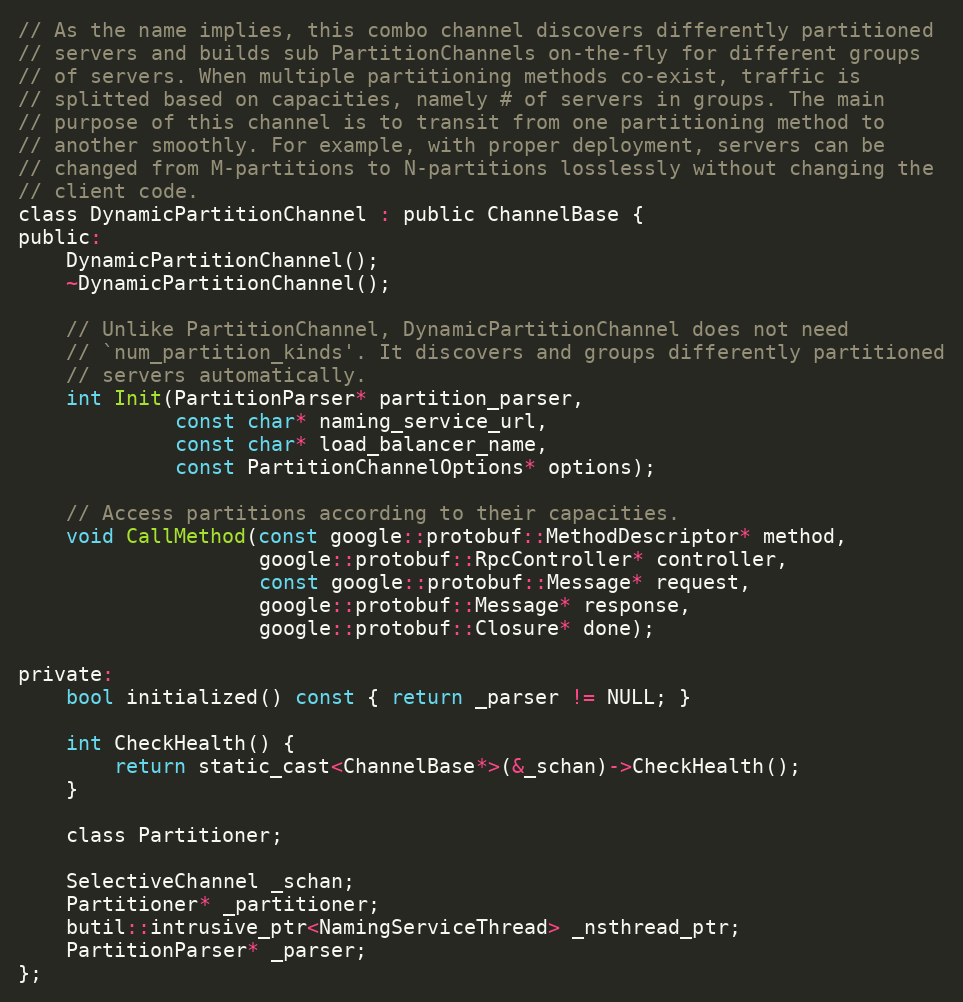
Language: C
// As the name implies, this combo channel discovers differently partitioned
// servers and builds sub PartitionChannels on-the-fly for different groups
// of servers. When multiple partitioning methods co-exist, traffic is
// splitted based on capacities, namely # of servers in groups. The main
// purpose of this channel is to transit from one partitioning method to
// another smoothly. For example, with proper deployment, servers can be
// changed from M-partitions to N-partitions losslessly without changing the
// client code.
class DynamicPartitionChannel : public ChannelBase {
public:
    DynamicPartitionChannel();
    ~DynamicPartitionChannel();

    // Unlike PartitionChannel, DynamicPartitionChannel does not need
    // `num_partition_kinds'. It discovers and groups differently partitioned
    // servers automatically.
    int Init(PartitionParser* partition_parser,
             const char* naming_service_url,
             const char* load_balancer_name,
             const PartitionChannelOptions* options);

    // Access partitions according to their capacities.
    void CallMethod(const google::protobuf::MethodDescriptor* method,
                    google::protobuf::RpcController* controller,
                    const google::protobuf::Message* request,
                    google::protobuf::Message* response,
                    google::protobuf::Closure* done);

private:
    bool initialized() const { return _parser != NULL; }

    int CheckHealth() {
        return static_cast<ChannelBase*>(&_schan)->CheckHealth();
    }

    class Partitioner;

    SelectiveChannel _schan;
    Partitioner* _partitioner;
    butil::intrusive_ptr<NamingServiceThread> _nsthread_ptr;
    PartitionParser* _parser;
};